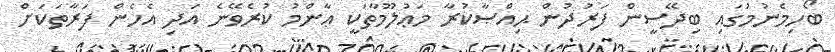
ބޯހިމެނުމުގައި ބިދޭސީން ފަރުދުން ޙިއްޞާކުރާ މަޢުލޫމާތަކީ ޢާންމު ކުރެވޭނެ އަދި އެހެން ފަރާތަކަށް